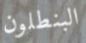
البنطلون